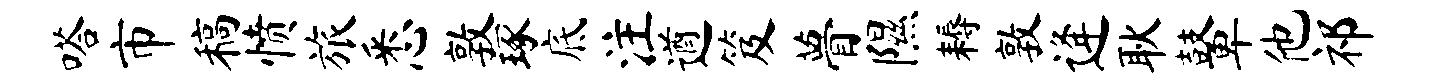
嗒市稿愤旅悉敦琢底注遒笈瞢隰耨敦逄耿鼙他祁